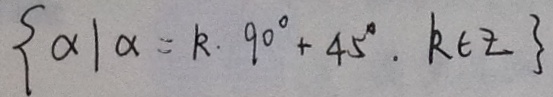
\{ \alpha \vert \alpha = k \cdot 9 0 ^ { \circ } + 4 5 ^ { \circ } \cdot R \in Z \}